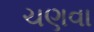
ચણવા